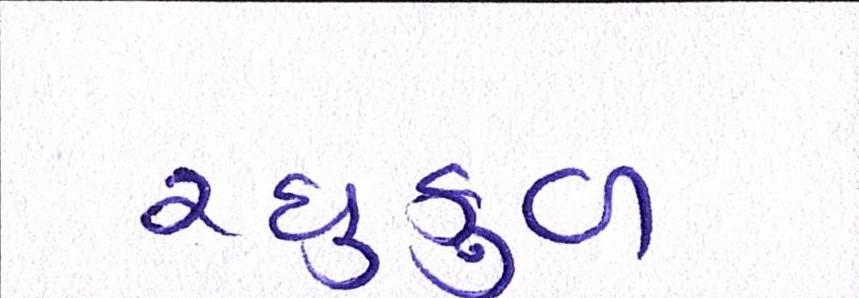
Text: રઘુકુળ